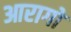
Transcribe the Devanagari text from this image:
आरागो